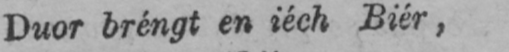
Duor bréngt en iéch Biér,